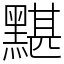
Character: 黮